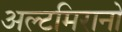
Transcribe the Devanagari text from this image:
अल्टमिरानो